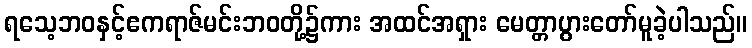
ရသေ့ဘဝနှင့်ဧကရာဇ်မင်းဘဝတို့၌ကား အထင်အရှား မေတ္တာပွားတော်မူခဲ့ပါသည်။